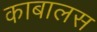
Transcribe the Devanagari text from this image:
काबालस